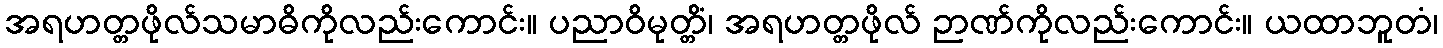
အရဟတ္တဖိုလ်သမာဓိကိုလည်းကောင်း။ ပညာဝိမုတ္တိံ၊ အရဟတ္တဖိုလ် ဉာဏ်ကိုလည်းကောင်း။ ယထာဘူတံ၊